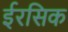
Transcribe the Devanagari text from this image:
ईरसिक